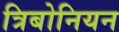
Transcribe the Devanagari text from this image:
त्रिबोनियन